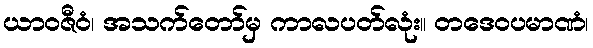
ယာဝဇီဝံ၊ အသက်တော်မှ ကာလပတ်လုံး။ တဒေဝပမာဏံ၊